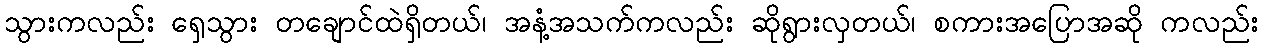
သွားကလည်း ရှေသွား တချောင်ထဲရှိတယ်၊ အနံ့အသက်ကလည်း ဆိုရွားလှတယ်၊ စကားအပြောအဆို ကလည်း